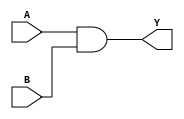
module combinational_logic (
    input wire A,     // Input signal A
    input wire B,     // Input signal B
    output reg Y      // Output signal Y
);

// Combinational logic block
always @ (A, B) begin
    // Continuous update of Y based on current inputs
    Y = A & B;       // Logical AND operation
end

endmodule